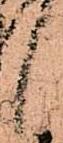
候